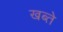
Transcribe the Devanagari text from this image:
खब्ते